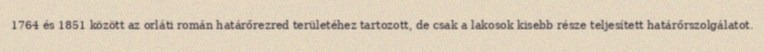
1764 és 1851 között az orláti román határőrezred területéhez tartozott, de csak a lakosok kisebb része teljesített határőrszolgálatot.